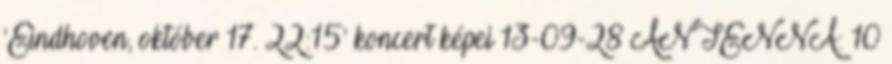
'Eindhoven, október 17. 22:15' koncert képei 13-09-28 ANTENNA: 10